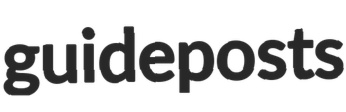
guideposts